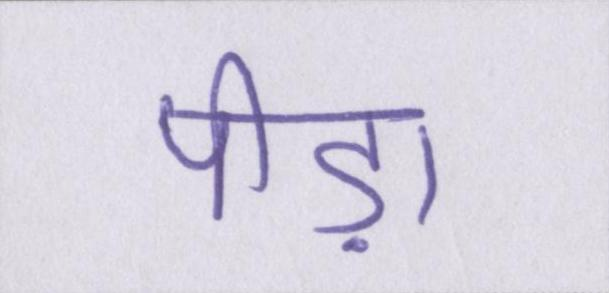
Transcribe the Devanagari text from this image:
पीड़ा